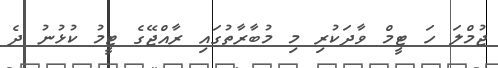
ޖުމްލަ ހަ ޓީމް ވާދަކުރި މި މުބާރާތުގައި ރާއްޖޭގެ ޓީމު ކުޅުނު ދެ